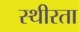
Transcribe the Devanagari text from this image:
स्थीरता